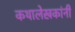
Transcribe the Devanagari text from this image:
कथालेखकांनी